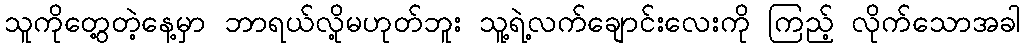
သူကိုတွေ့တဲ့နေ့မှာ ဘာရယ်လို့မဟုတ်ဘူး သူ့ရဲ့လက်ချောင်းလေးကို ကြည့် လိုက်သောအခါ